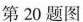
第20题图